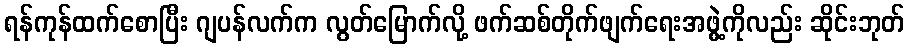
ရန်ကုန်ထက်စောပြီး ဂျပန်လက်က လွတ်မြောက်လို့ ဖက်ဆစ်တိုက်ဖျက်ရေးအဖွဲ့ကိုလည်း ဆိုင်းဘုတ်